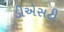
ડીએસટી